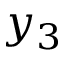
y _ { 3 }